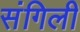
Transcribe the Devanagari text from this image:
संगिली